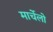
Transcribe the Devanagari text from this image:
मार्चेलो